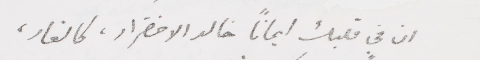
ان في قلبك ايمانًا خالد الاخضرار، كالغار،